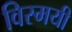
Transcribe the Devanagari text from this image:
विस्मयी